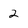
Character: 2